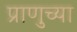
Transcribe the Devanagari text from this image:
प्राणुच्या